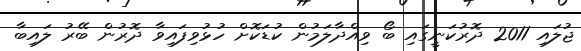
ޖުލައި 2011 ދޮރުކަނީގައި ބޯ ވިއްދާލަމުން ކުޑަކޮށް ހުޅުވިފައިވާ ދޮރުން ބޭރު ލައިބާ